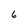
Character: 6